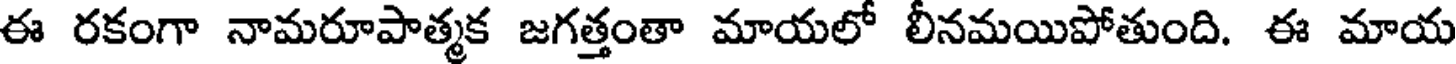
ఈ రకంగా నామరూపాత్మక జగత్తంతా మాయలో లీనమయిపోతుంది. ఈ మాయ